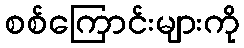
စစ်ကြောင်းများကို